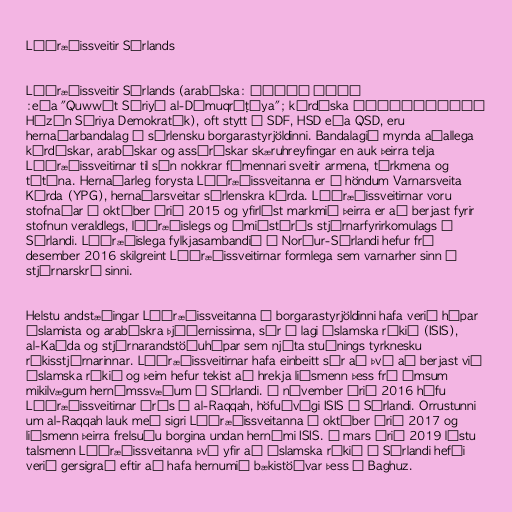
Lýðræðissveitir Sýrlands

Lýðræðissveitir Sýrlands (arabíska: قوات سوريا
الديمقراطية eða "Quwwāt Sūriyā al-Dīmuqrāṭīya"; kúrdíska:
Hêzên Sûriya Demokratîk), oft stytt í SDF, HSD eða QSD, eru
hernaðarbandalag í sýrlensku borgarastyrjöldinni. Bandalagið mynda aðallega
kúrdískar, arabískar og assýrískar skæruhreyfingar en auk þeirra telja
Lýðræðissveitirnar til sín nokkrar fámennari sveitir armena, túrkmena og
téténa. Hernaðarleg forysta Lýðræðissveitanna er í höndum Varnarsveita
Kúrda (YPG), hernaðarsveitar sýrlenskra kúrda. Lýðræðissveitirnar voru
stofnaðar í október árið 2015 og yfirlýst markmið þeirra er að berjast fyrir
stofnun veraldlegs, lýðræðislegs og ómiðstýrðs stjórnarfyrirkomulags í
Sýrlandi. Lýðræðislega fylkjasambandið í Norður-Sýrlandi hefur frá
desember 2016 skilgreint Lýðræðissveitirnar formlega sem varnarher sinn í
stjórnarskrá sinni.

Helstu andstæðingar Lýðræðissveitanna í borgarastyrjöldinni hafa verið hópar
íslamista og arabískra þjóðernissinna, sér í lagi Íslamska ríkið (ISIS),
al-Kaída og stjórnarandstöðuhópar sem njóta stuðnings tyrknesku
ríkisstjórnarinnar. Lýðræðissveitirnar hafa einbeitt sér að því að berjast við
íslamska ríkið og þeim hefur tekist að hrekja liðsmenn þess frá ýmsum
mikilvægum hernámssvæðum í Sýrlandi. Í nóvember árið 2016 hófu
Lýðræðissveitirnar árás á al-Raqqah, höfuðvígi ISIS í Sýrlandi. Orrustunni
um al-Raqqah lauk með sigri Lýðræðissveitanna í október árið 2017 og
liðsmenn þeirra frelsuðu borgina undan hernámi ISIS. Í mars árið 2019 lýstu
talsmenn Lýðræðissveitanna því yfir að íslamska ríkið í Sýrlandi hefði
verið gersigrað eftir að hafa hernumið bækistöðvar þess í Baghuz.